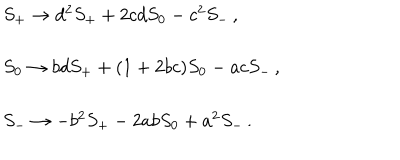
LaTeX: \begin{array} { l } { { S _ { + } \rightarrow d ^ { 2 } S _ { + } + 2 c d S _ { 0 } - c ^ { 2 } S _ { - } \, , } } \\ { { S _ { 0 } \rightarrow b d S _ { + } + ( 1 + 2 b c ) S _ { 0 } - a c S _ { - } \, , } } \\ { { S _ { - } \rightarrow - b ^ { 2 } S _ { + } - 2 a b S _ { 0 } + a ^ { 2 } S _ { - } \, . } } \\ \end{array}